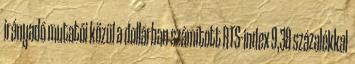
irányadó mutatói közül a dollárban számított RTS-index 9,38 százalékkal